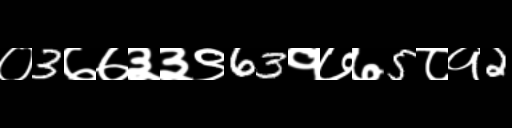
Text: ०3७७३३९63१७७5८१2